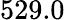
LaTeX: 529.0